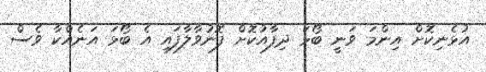
އުޅެނިކޮށް އިންމަ ވަނީ ބޯޅަ ދިފާއުކޮށް ފޮނުވާލާފައި އެ ބޯޅަ އަނެއްކާ ވެސް